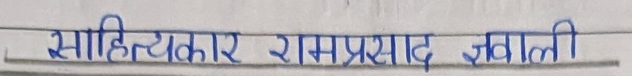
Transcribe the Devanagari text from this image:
साहित्यकार रामप्रसाद ज्ञवाली